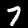
Label: 7